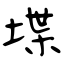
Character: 堞